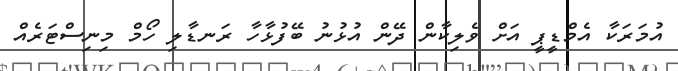
އުމަރަކާ އެމްޑީޕީ އަށް ވެލިކާން ދޭން އުޅުނު ބޭފުޅާހާ ރަނޑާލި ހޯމް މިނިސްޓަރެއް